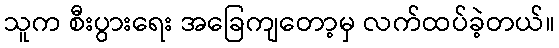
သူက စီးပွားရေး အခြေကျတော့မှ လက်ထပ်ခဲ့တယ်။